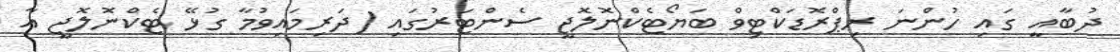
ދުބާއީ ގައި ހުންނަ ރިޕްރޮޑަކްޓިވް ބަޔޯޓެކްނޮލޮޖީ ސެންޓަރުގައި (ދަރިމައިވުމާ ގުޅޭ ޓެކްނޮލޮޖީ އާ